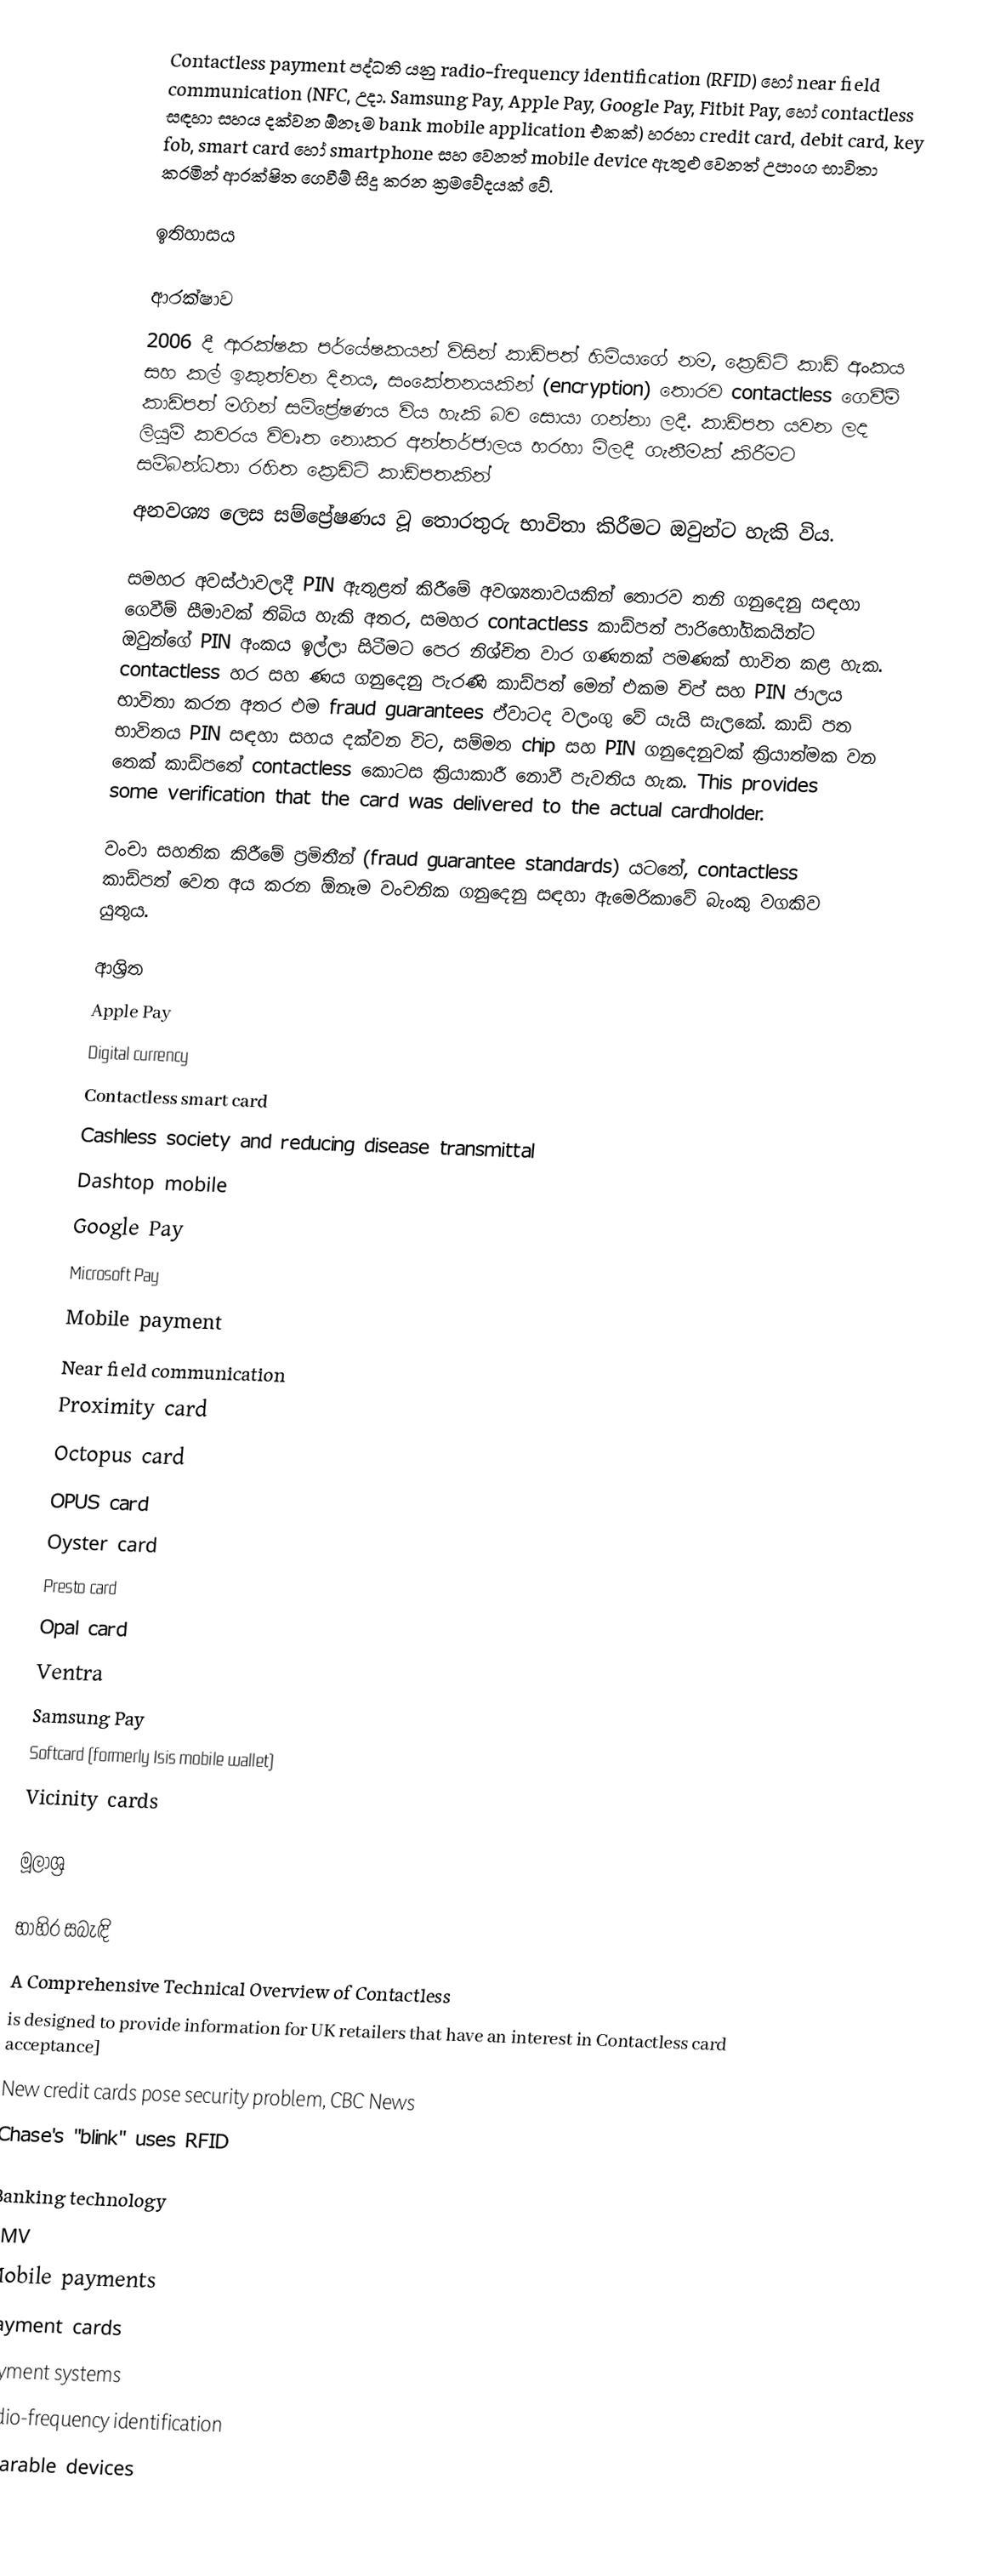
Contactless payment පද්ධති යනු radio-frequency identification (RFID) හෝ near field communication (NFC, උදා. Samsung Pay, Apple Pay, Google Pay, Fitbit Pay, හෝ contactless සඳහා සහය දක්වන ඕනෑම bank mobile application එකක්) හරහා credit card, debit card, key fob, smart card හෝ smartphone සහ වෙනත් mobile device ඇතුළු වෙනත් උපාංග භාවිතා කරමින් ආරක්ෂිත ගෙවීම් සිදු කරන ක්‍රමවේදයක් වේ.

ඉතිහාසය

ආරක්ෂාව
2006 දී ආරක්ෂක පර්යේෂකයන් විසින් කාඩ්පත් හිමියාගේ නම, ක්‍රෙඩිට් කාඩ් අංකය සහ කල් ඉකුත්වන දිනය, සංකේතනයකින් (encryption) තොරව contactless ගෙවීම් කාඩ්පත් මගින් සම්ප්‍රේෂණය විය හැකි බව සොයා ගන්නා ලදී. කාඩ්පත යවන ලද ලියුම් කවරය විවෘත නොකර අන්තර්ජාලය හරහා මිලදී ගැනීමක් කිරීමට සම්බන්ධතා රහිත ක්‍රෙඩිට් කාඩ්පතකින්
අනවශ්‍ය ලෙස සම්ප්‍රේෂණය වූ තොරතුරු භාවිතා කිරීමට ඔවුන්ට හැකි විය.

සමහර අවස්ථාවලදී PIN ඇතුළත් කිරීමේ අවශ්‍යතාවයකින් තොරව තනි ගනුදෙනු සඳහා ගෙවීම් සීමාවක් තිබිය හැකි අතර, සමහර contactless කාඩ්පත් පාරිභෝගිකයින්ට ඔවුන්ගේ PIN අංකය ඉල්ලා සිටීමට පෙර නිශ්චිත වාර ගණනක් පමණක් භාවිත කළ හැක. contactless හර සහ ණය ගනුදෙනු පැරණි කාඩ්පත් මෙන් එකම චිප් සහ PIN ජාලය භාවිතා කරන අතර එම fraud guarantees ඒවාටද වලංගු වේ යැයි සැලකේ. කාඩ් පත භාවිතය PIN සඳහා සහය දක්වන විට, සම්මත chip සහ PIN ගනුදෙනුවක් ක්‍රියාත්මක වන තෙක් කාඩ්පතේ contactless කොටස ක්‍රියාකාරී නොවී පැවතිය හැක. This provides some verification that the card was delivered to the actual cardholder.

වංචා සහතික කිරීමේ ප්‍රමිතීන් (fraud guarantee standards) යටතේ, contactless කාඩ්පත් වෙත අය කරන ඕනෑම වංචනික ගනුදෙනු සඳහා ඇමෙරිකාවේ බැංකු වගකිව යුතුය.

ආශ්‍රිත
 Apple Pay
 Digital currency
 Contactless smart card
 Cashless society and reducing disease transmittal
 Dashtop mobile
 Google Pay
 Microsoft Pay
 Mobile payment
 Near field communication
 Proximity card
 Octopus card
 OPUS card
 Oyster card
 Presto card
 Opal card
 Ventra
 Samsung Pay
 Softcard (formerly Isis mobile wallet)
 Vicinity cards

මූලාශ්‍ර

භාහිර සබැඳි
 A Comprehensive Technical Overview of Contactless
  is designed to provide information for UK retailers that have an interest in Contactless card acceptance]
 New credit cards pose security problem, CBC News
 Chase's "blink" uses RFID

Banking technology
EMV
Mobile payments
Payment cards
Payment systems
Radio-frequency identification
Wearable devices